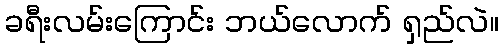
ခရီးလမ်းကြောင်း ဘယ်လောက် ရှည်လဲ။